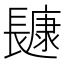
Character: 𰿔